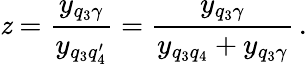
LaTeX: \mathit{z}=\frac{{y_{q_{3}\gamma}}}{{y_{q_{3}q_{4}^{\prime}}}}=\frac{{y_{q_{3}\gamma}}}{{y_{q_{3}q_{4}}+y_{q_{3}\gamma}}}\, .